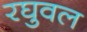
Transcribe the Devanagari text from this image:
रघुवल